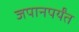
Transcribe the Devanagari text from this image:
जपानपर्यंत